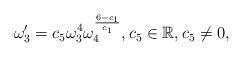
LaTeX: \begin{align*}\omega _{3}^{\prime }=c_{5}\omega _{3}^{4}\omega _{4}^{\frac{6-c_{1}}{c_{1}}},c_{5}\in \mathbb{R},c_{5}\neq 0, \end{align*}